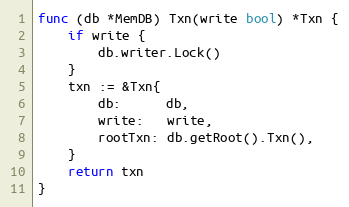
Language: Go
func (db *MemDB) Txn(write bool) *Txn {
	if write {
		db.writer.Lock()
	}
	txn := &Txn{
		db:      db,
		write:   write,
		rootTxn: db.getRoot().Txn(),
	}
	return txn
}